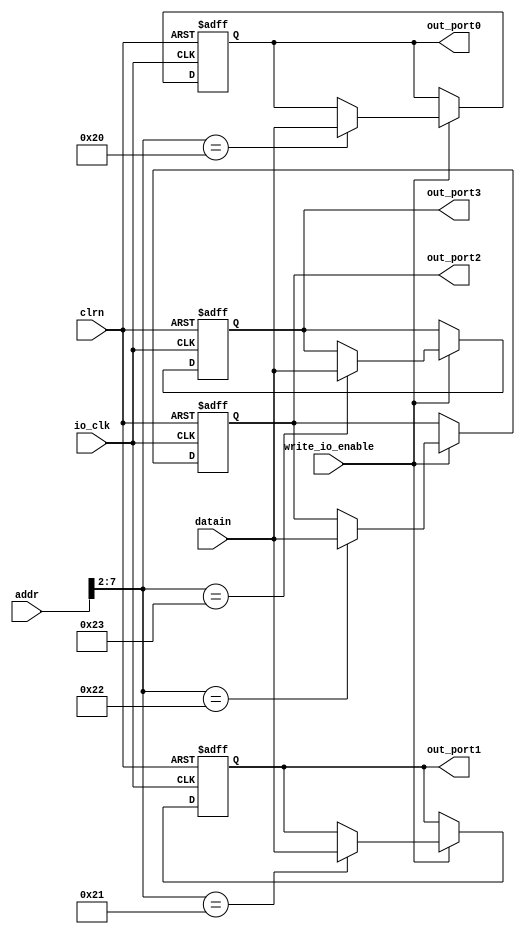
module io_output_reg(addr, datain, write_io_enable, io_clk, clrn, 
					 out_port0, out_port1, out_port2, out_port3);
	input  [31:0] addr, datain;
	input 		  write_io_enable, io_clk;
	input 		  clrn;
	
	output [31:0] out_port0, out_port1, out_port2, out_port3;
	//////////////////////////////////////////////
	reg    [31:0] out_port0;
	reg    [31:0] out_port1;
	reg    [31:0] out_port2;
	reg    [31:0] out_port3;
	always @(posedge io_clk or negedge clrn)
	begin
		if (clrn == 0)
		begin
			out_port0 <= 0;
			out_port1 <= 0;
			out_port2 <= 0;
			out_port3 <= 0;
		end
		else
		begin
			if (write_io_enable)
			case(addr[7:2])
				6'b100000: out_port0 <= datain;
				6'b100001: out_port1 <= datain;
				6'b100010: out_port2 <= datain;
				6'b100011: out_port3 <= datain;
			endcase
		end
	end
endmodule